Report on malaria in the Punjab during the year ...  together with an account of the work of the Punjab Malaria Bureau - Volume 5
Disease focus: Malaria
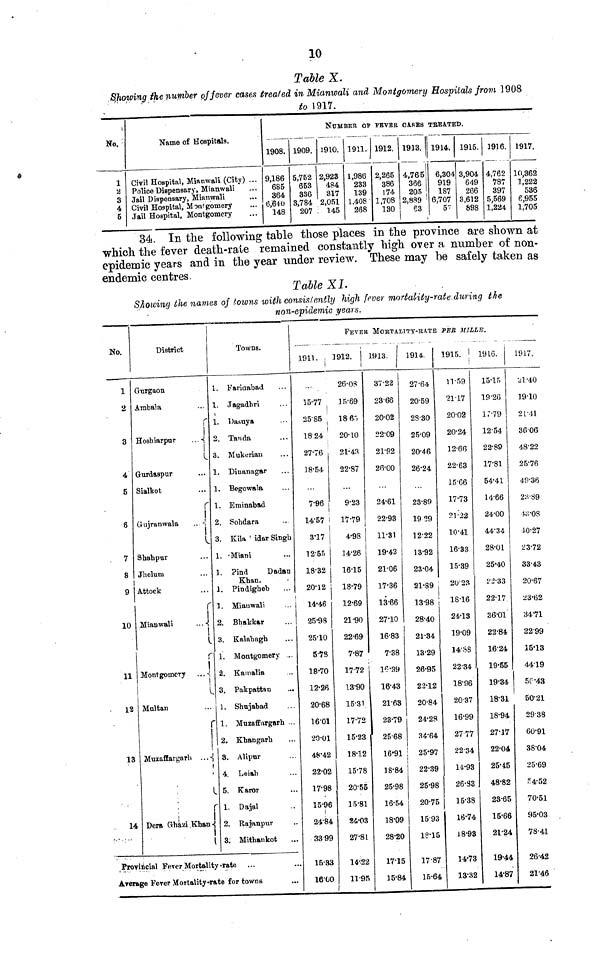
10
Table X.
the number of fever cases treated in Mianwali and Montgomery Hospitals from 1908
to 1917.
No,
1
2
3
4
5
Name of Hospitals.
Civil Hospital, Mianwali (City) ...
Police Dispensary, Mianwali
Jail Dispensary, Mianwali
Civil Hospital, Monigomery
Jail Hospital, Montgomery
1908.
9,186
685
364
6,640
148
1909.
5,752
653
336
3,784
207
NUMBER OF
1910.
2,923
484
317
2,051
145
1911.
1,986
233
139
1.408'
268
FEVER
1912.
2,265
386
174
1,708
130
CASES
1913.
4,765
366
205
2,889
63
TREATED.
1914.
6,304
919
187
6,707
5"
1915.
3,904
649
266
3,612
898
1916.
4,762
787
397
5,569
1,224
1917.
10,362
1,222
536
6,955
1,705
34. In the following table those places in the province are shown at
which the fever death-rate remained constantly high over a number of non-
epidemic years and in the year under review. These may be safely taken as
endemic centres.
Table XI.
Showing the names of towns with consistently high fever mortality-rate during the
non-epidemic years.
No.
1
2
3
4
5
6
, 7
8
9
10
11
12
13
.
14
District
Gurgaon
Ambala
r
Hosbiarpur
...
!
Gurdaspur
Sialkot
r
Gujranwala
..
Shahpur
Jhelum
Attock
r
Mianwali
...
Montgomery
...
Multan
r
!
Muzaffargarh ...
t
Dera Ghazi Khan
1
Towns.
1. Fariaabad
1. Tagadhri
1. Dasuya
2. Tanda
3. Mukerian
1. Dinanagar
1. Begowala
1. Eminahad
2. Sohdara
3. Kila ' idar Singh
1. Miani
1. Pind
Dadan
Khan.
1. Pindigheb
1. Miauwali
2. Bhakkar
3. Kalabagh
1. Montgomery ..
2. Kainalia
3. Pakpattan
1. Shujabad
1. Muzaffargarh ..
2. Khangarh
3. Alipur
4. Leiah
5. Karor
1. Dajal
2. Rajanpur
3. Mithankot
Provincial Fever Mortality-rate
Average Fever Mortality-rate for towns
1911.
15.77
25.85
18 24
27.76
18.54
7.96
14.57
3.17
12.55
18.32
20.12
14.46
25.98
25.10
5.78
18.70
12.26
20.68
16.01
20.01
48.42
22.02
17.98
15.96
2484
33 99
15.33
16.00
FEVER MORTALITY-RATE PER
MILLE.
1912.
i
26.08
15.69
18.65.
20.10
21.43
22.87
9.23
17.79
4.98
14.26
16.15
18.79
12.69
21.90
22.69
7.87
1772
13.90
15.31
17.72
15.23
18.12
15.78
20.55
15.81
24.03
27.81
14.22
11.95
1913.
37.22
23.66
20.02
22.09
21.92
26.00
24.61
22.93
11.31
19.42
21.06
17.36
13.66
27.10
16..83
7.38
10.39
16.43
21.63
23.79
2568
16.91
18.84
25.98
16.54
18.09
28.20
17.15
15.84
*
1914.
27.64
20.59
28.30
25.09
20.46
26.24
23.89
19 29
12.22
13.92
23.04
21.89
13.98
28.40
21.34
13.29
26.95
22.12
20.84
24.28
34.64
25.97
22.39
25.98
20.75
1593
18.15
17.87
15.64
1915.
11.59
21.17
20.02
20.24
12.66
22.63
15.66
17.73
21.22
10.41
16.33
15.39
20.23
18.16
24.13
19.09
14.58
22.34
18.96
2037
16.99
27 77
2234
14.93
26.33
15.38
16.74
18.93
14.73
13.32
19.16.
15.15
19.26
17.79
12.54
22.89
17.81
54.41
14.66
24.00
44.34
28.01
25.40
2'2.33
22.17
36.01
22.84
16.24
19.55
19.34
18.31
18.94
27.17
22.04
25.45
48.82
23.65
15.66
21.24
19.44
14.87
1917.
21.40
19.10
21.41
36.06
48.22
25.76
49.36
23.89
43.08
40.27
23.72
33.43
20.67
23.62
34.71
2299
15.13
44.19
50.48
50.21
2938
60.91
38.04
25.69
54.52
70.51
95.03
78.41
26.42
21.46